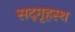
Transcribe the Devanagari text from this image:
सद्‌गृहस्थ